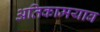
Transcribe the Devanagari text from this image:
अतिकामयाब